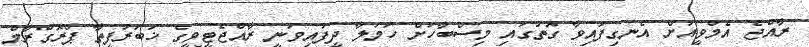
ރާއްޖެ އެމްވީއަށް އެނގިފައިވާ ގޮތުގައި މިސްބާހަށް ހަމަލާ ދީފައިވަނީ ރާއްޖެޓީވީގެ ޚަބަރުފީތާ ޕްރޮގްރާމް